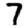
Digit: 7